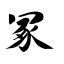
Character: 冢